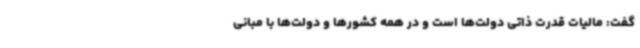
گفت: مالیات قدرت ذاتی دولت‌ها است و در همه کشورها و دولت‌ها با مبانی